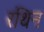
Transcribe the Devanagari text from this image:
रथिन